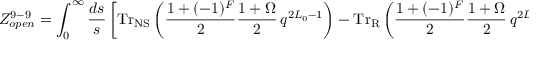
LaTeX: { \cal Z } _ { o p e n } ^ { 9 - 9 } = \int _ { 0 } ^ { \infty } \frac { d s } { s } \left[ \mathrm { T r } _ { \mathrm { N S } } \left( { { \frac { 1 + ( - 1 ) ^ { F } } { 2 } } } { \frac { 1 + \Omega } { 2 } } \, q ^ { 2 L _ { 0 } - 1 } \right) - \mathrm { T r } _ { \mathrm { R } } \left( { { \frac { 1 + ( - 1 ) ^ { F } } { 2 } } } { \frac { 1 + \Omega } { 2 } } \, q ^ { 2 L _ { 0 } } \right) \right] ~ ~ ,